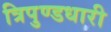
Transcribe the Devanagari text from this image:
त्रिपुण्डधारी